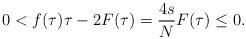
LaTeX: \begin{gather*}0<f(\tau)\tau-2F(\tau)=\frac{4s}{N}F(\tau)\leq 0.\end{gather*}